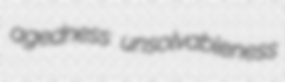
agedness unsolvableness